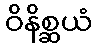
ဝိနိစ္ဆယံ